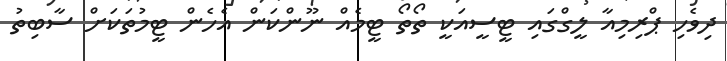
ދިވެހި ޕްރިމިއާ ލީގްގައި ޓީސީއަކީ ތޯތޯ ޓީމެއް ނޫންކަން އެހެން ޓީމުތަކަށް ސާބިތު